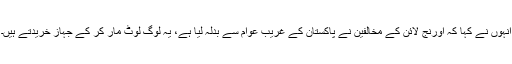
انہوں نے کہا کہ اورنج لائن کے مخالفین نے پاکستان کے غریب عوام سے بدلہ لیا ہے، یہ لوگ لوٹ مار کر کے جہاز خریدتے ہیں۔